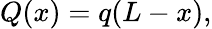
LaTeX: Q(x)=q(L-x),